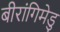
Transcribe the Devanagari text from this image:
बीरांगिमेडु